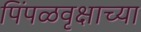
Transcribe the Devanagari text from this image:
पिंपळवृक्षाच्या